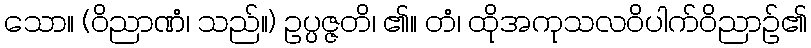
သော။ (ဝိညာဏံ၊ သည်။) ဥပ္ပဇ္ဇတိ၊ ၏။ တံ၊ ထိုအကုသလဝိပါက်ဝိညာဉ်၏